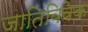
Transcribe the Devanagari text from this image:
जातिविवेक